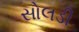
સોલડી